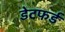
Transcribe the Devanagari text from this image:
डेटफर्ड